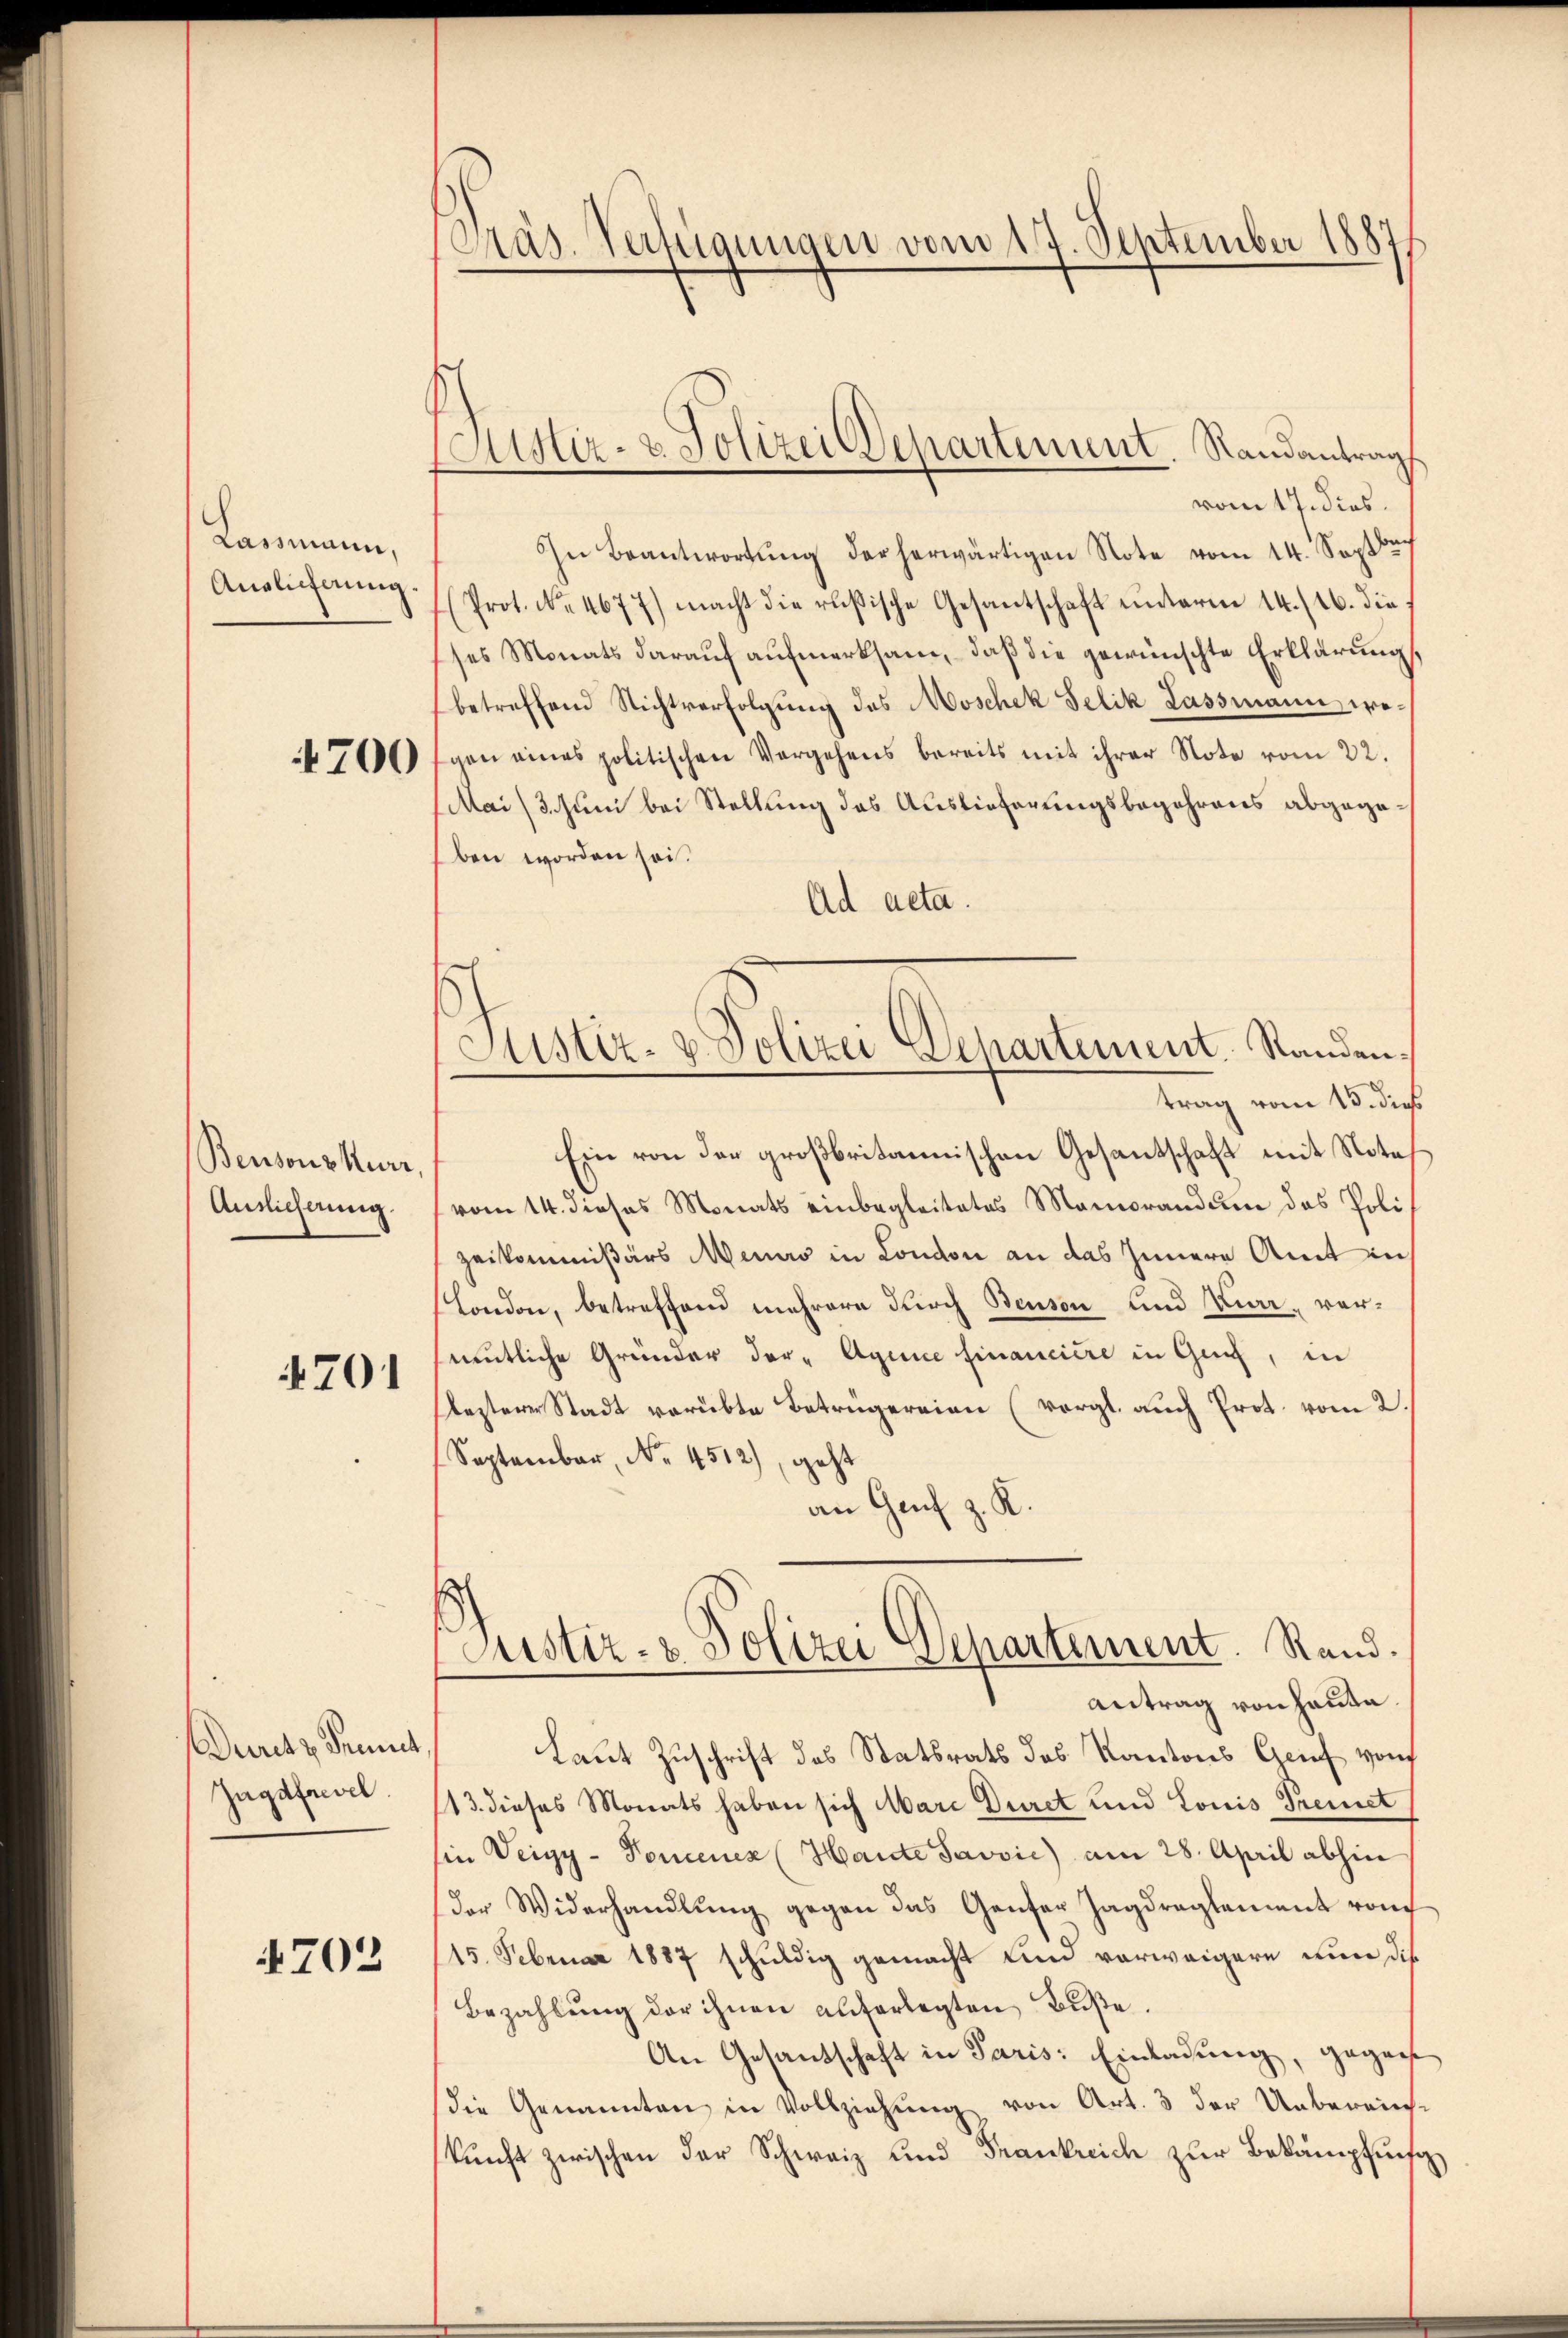
Lassmann.
Anglicherung.

700

Bensons kurz,
Auslicherung.
701

uritz deut
Ingdfrevel.

4702

Präs. Verfügungen vom 17. September 1887

Austiz- & Polizei Departement. Randantrag

s
Justiz- & Polizei Departement. Randen,
trag vom 15. dies

vom 17. dies.
In Beantwortung der herwärtigen Note vom 14. Septe
Prot. No. 4677) macht die resische Gesantschaft unterm 14./26. die
ses Monats darauf aufmerksam, daß die gewünschte Erklärung
betreffend Nichtverfolgŭng des Moschek Selik Lassmann, wogen eines politischen Vergehens bereits mit ihrer Note vom 22.
Mai (3. Juni bei Stellung des Auslieferungsbegehrens abgegeben worden sei.
Ad acta.
Ein von der großbritannischen Gesantschaft mit Nota
vom 14. dieses Monats einbegleitetes Memorandum das Poli
zeikommißärs Meuro in London an das Innern Amt in
London, betreffend mehrere durch Benson und Karr- vermutliche Gründer der - Aquie financiere in Genf, in
lezterer Stadt verübte Betrügereien (vergl. auch Prot. vom 2.
September, No. 4512), geht
an Genf z. K.
Justiz- & Polizei Departement. Rand.
Antrag von Haute.
Laut Zuschrift des Statsrats des Kantons Genf von
13. dieses Monats haben sich Marc Duret und Louis Premet
sie Deigy-Toncenen (Haute Javvić) am 28. April abhin
der Widerhandlung gegen das Ganter Jagdreglement von
15. Februar 1887 schuldig gemacht und verweigern nun die
Bezahlŭng der ihnen auferlegten Bŭβe.
An Gesandschaft in Paris: Einladung, gegen
die Genannten in Vollziehung von Art. 3 der Unberein-
kunft zwischen der Schweiz und Frankreich zur Bekämpfung